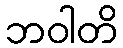
ဘဝါတိ